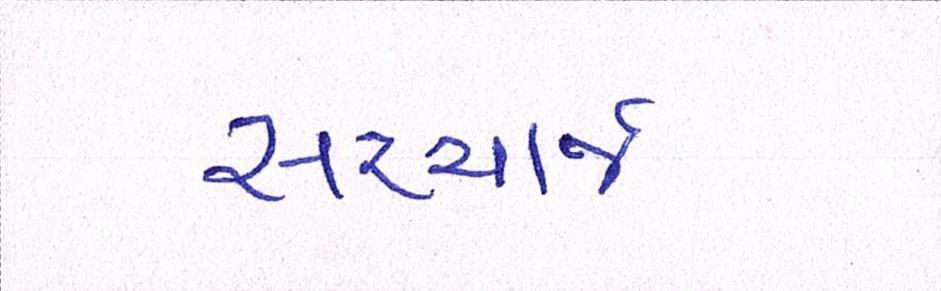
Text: સરચાર્જ